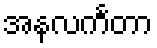
အနလင်္ကတာ